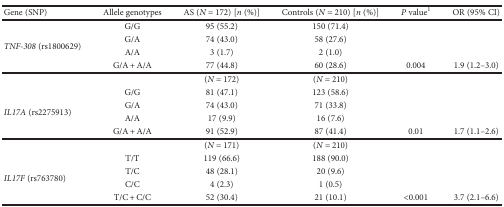
<table><thead><tr><td><b>Gene (SNP)</b></td><td><b>Allele genotypes</b></td><td><b>AS (<i>N</i> = 172) [<i>n</i> (%)]</b></td><td><b>Controls (<i>N</i> = 210) [<i>n</i> (%)]</b></td><td><b><i>P</i> value<sup>1</sup></b></td><td><b>OR (95% CI)</b></td></tr></thead><tbody><tr><td rowspan="4"><i>TNF-308</i> (rs1800629)</td><td>G/G</td><td>95 (55.2)</td><td>150 (71.4)</td><td rowspan="3">[EMPTY_CELL]</td><td rowspan="3">[EMPTY_CELL]</td></tr><tr><td>G/A</td><td>74 (43.0)</td><td>58 (27.6)</td></tr><tr><td>A/A</td><td>3 (1.7)</td><td>2 (1.0)</td></tr><tr><td>G/A + A/A</td><td>77 (44.8)</td><td>60 (28.6)</td><td>0.004</td><td>1.9 (1.2–3.0)</td></tr><tr><td>[EMPTY_CELL]</td><td>[EMPTY_CELL]</td><td>(<i>N</i> = 172)</td><td>(<i>N</i> = 210)</td><td>[EMPTY_CELL]</td><td>[EMPTY_CELL]</td></tr><tr><td rowspan="4"><i>IL17A</i> (rs2275913)</td><td>G/G</td><td>81 (47.1)</td><td>123 (58.6)</td><td rowspan="3">[EMPTY_CELL]</td><td rowspan="3">[EMPTY_CELL]</td></tr><tr><td>G/A</td><td>74 (43.0)</td><td>71 (33.8)</td></tr><tr><td>A/A</td><td>17 (9.9)</td><td>16 (7.6)</td></tr><tr><td>G/A + A/A</td><td>91 (52.9)</td><td>87 (41.4)</td><td>0.01</td><td>1.7 (1.1–2.6)</td></tr><tr><td>[EMPTY_CELL]</td><td>[EMPTY_CELL]</td><td>(<i>N</i> = 171)</td><td>(<i>N</i> = 210)</td><td>[EMPTY_CELL]</td><td>[EMPTY_CELL]</td></tr><tr><td rowspan="4"><i>IL17F</i> (rs763780)</td><td>T/T</td><td>119 (66.6)</td><td>188 (90.0)</td><td rowspan="3">[EMPTY_CELL]</td><td rowspan="3">[EMPTY_CELL]</td></tr><tr><td>T/C</td><td>48 (28.1)</td><td>20 (9.6)</td></tr><tr><td>C/C</td><td>4 (2.3)</td><td>1 (0.5)</td></tr><tr><td>T/C + C/C</td><td>52 (30.4)</td><td>21 (10.1)</td><td>&lt;0.001</td><td>3.7 (2.1–6.6)</td></tr></tbody></table>